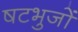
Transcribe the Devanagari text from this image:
षटभुजों